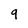
Character: 9